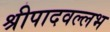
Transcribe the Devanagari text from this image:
श्रीपादवल्लभ